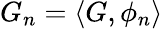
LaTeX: G_{n}=\langle G,\phi_{n}\rangle